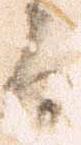
間